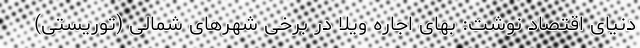
دنیای اقتصاد نوشت: بهای اجاره‌ ویلا در برخی شهرهای شمالی (توریستی)